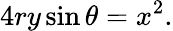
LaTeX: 4ry\sin\theta=x^{2}.